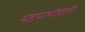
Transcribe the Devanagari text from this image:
मंडपाभोवती